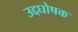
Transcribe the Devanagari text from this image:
उद्दघोषक